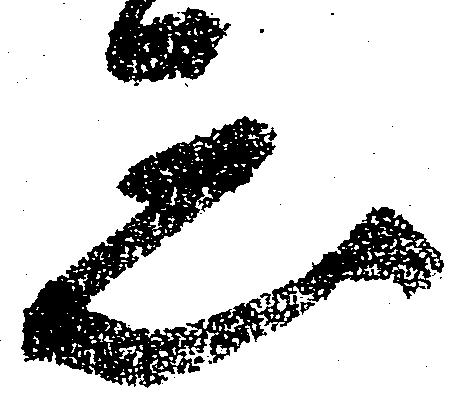
忩